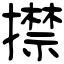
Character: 㩒